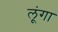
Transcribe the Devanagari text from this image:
लूूंगा